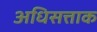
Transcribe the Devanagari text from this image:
अधिसत्ताक